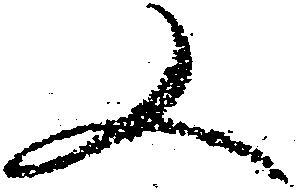
又